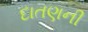
દાતણની